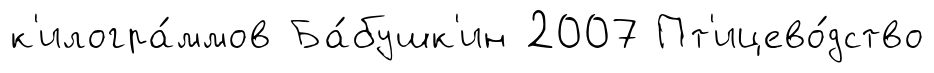
к'илогра́ммов Ба́бушк'ин 2007 Пт'ицево́дство